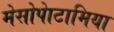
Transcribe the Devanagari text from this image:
मेसोपेाटामिया